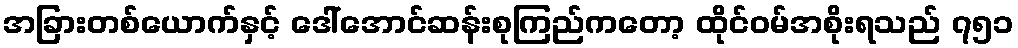
အခြားတစ်ယောက်နှင့် ဒေါ်အောင်ဆန်းစုကြည်ကတော့ ထိုင်ဝမ်အစိုးရသည် ၇၅၁